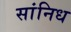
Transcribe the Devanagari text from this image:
सांनिध